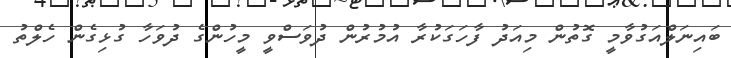
ބައިނަލްއަގުވާމީ ގޮތުން މިއަދު ފާހަގަކުރާ އުމުރުން ދުވަސްވީ މީހުންގެ ދުވަހާ ގުޅިގެން ހެލްތު